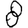
Digit: 8